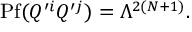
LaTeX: \mathrm { P f } ( Q ^ { \prime i } Q ^ { \prime j } ) = \Lambda ^ { 2 ( N + 1 ) } .